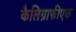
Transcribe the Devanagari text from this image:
कैलिग्राफीएक